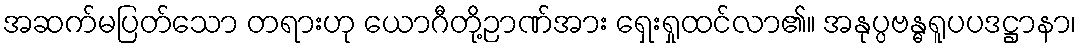
အဆက်မပြတ်သော တရားဟု ယောဂီတို့ဉာဏ်အား ရှေးရှုထင်လာ၏။ အနုပ္ပဗန္ဓရူပပဒဋ္ဌာနာ၊